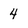
Character: 4